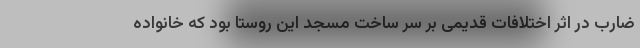
ضارب در اثر اختلافات قدیمی بر سر ساخت مسجد این روستا بود که خانواده